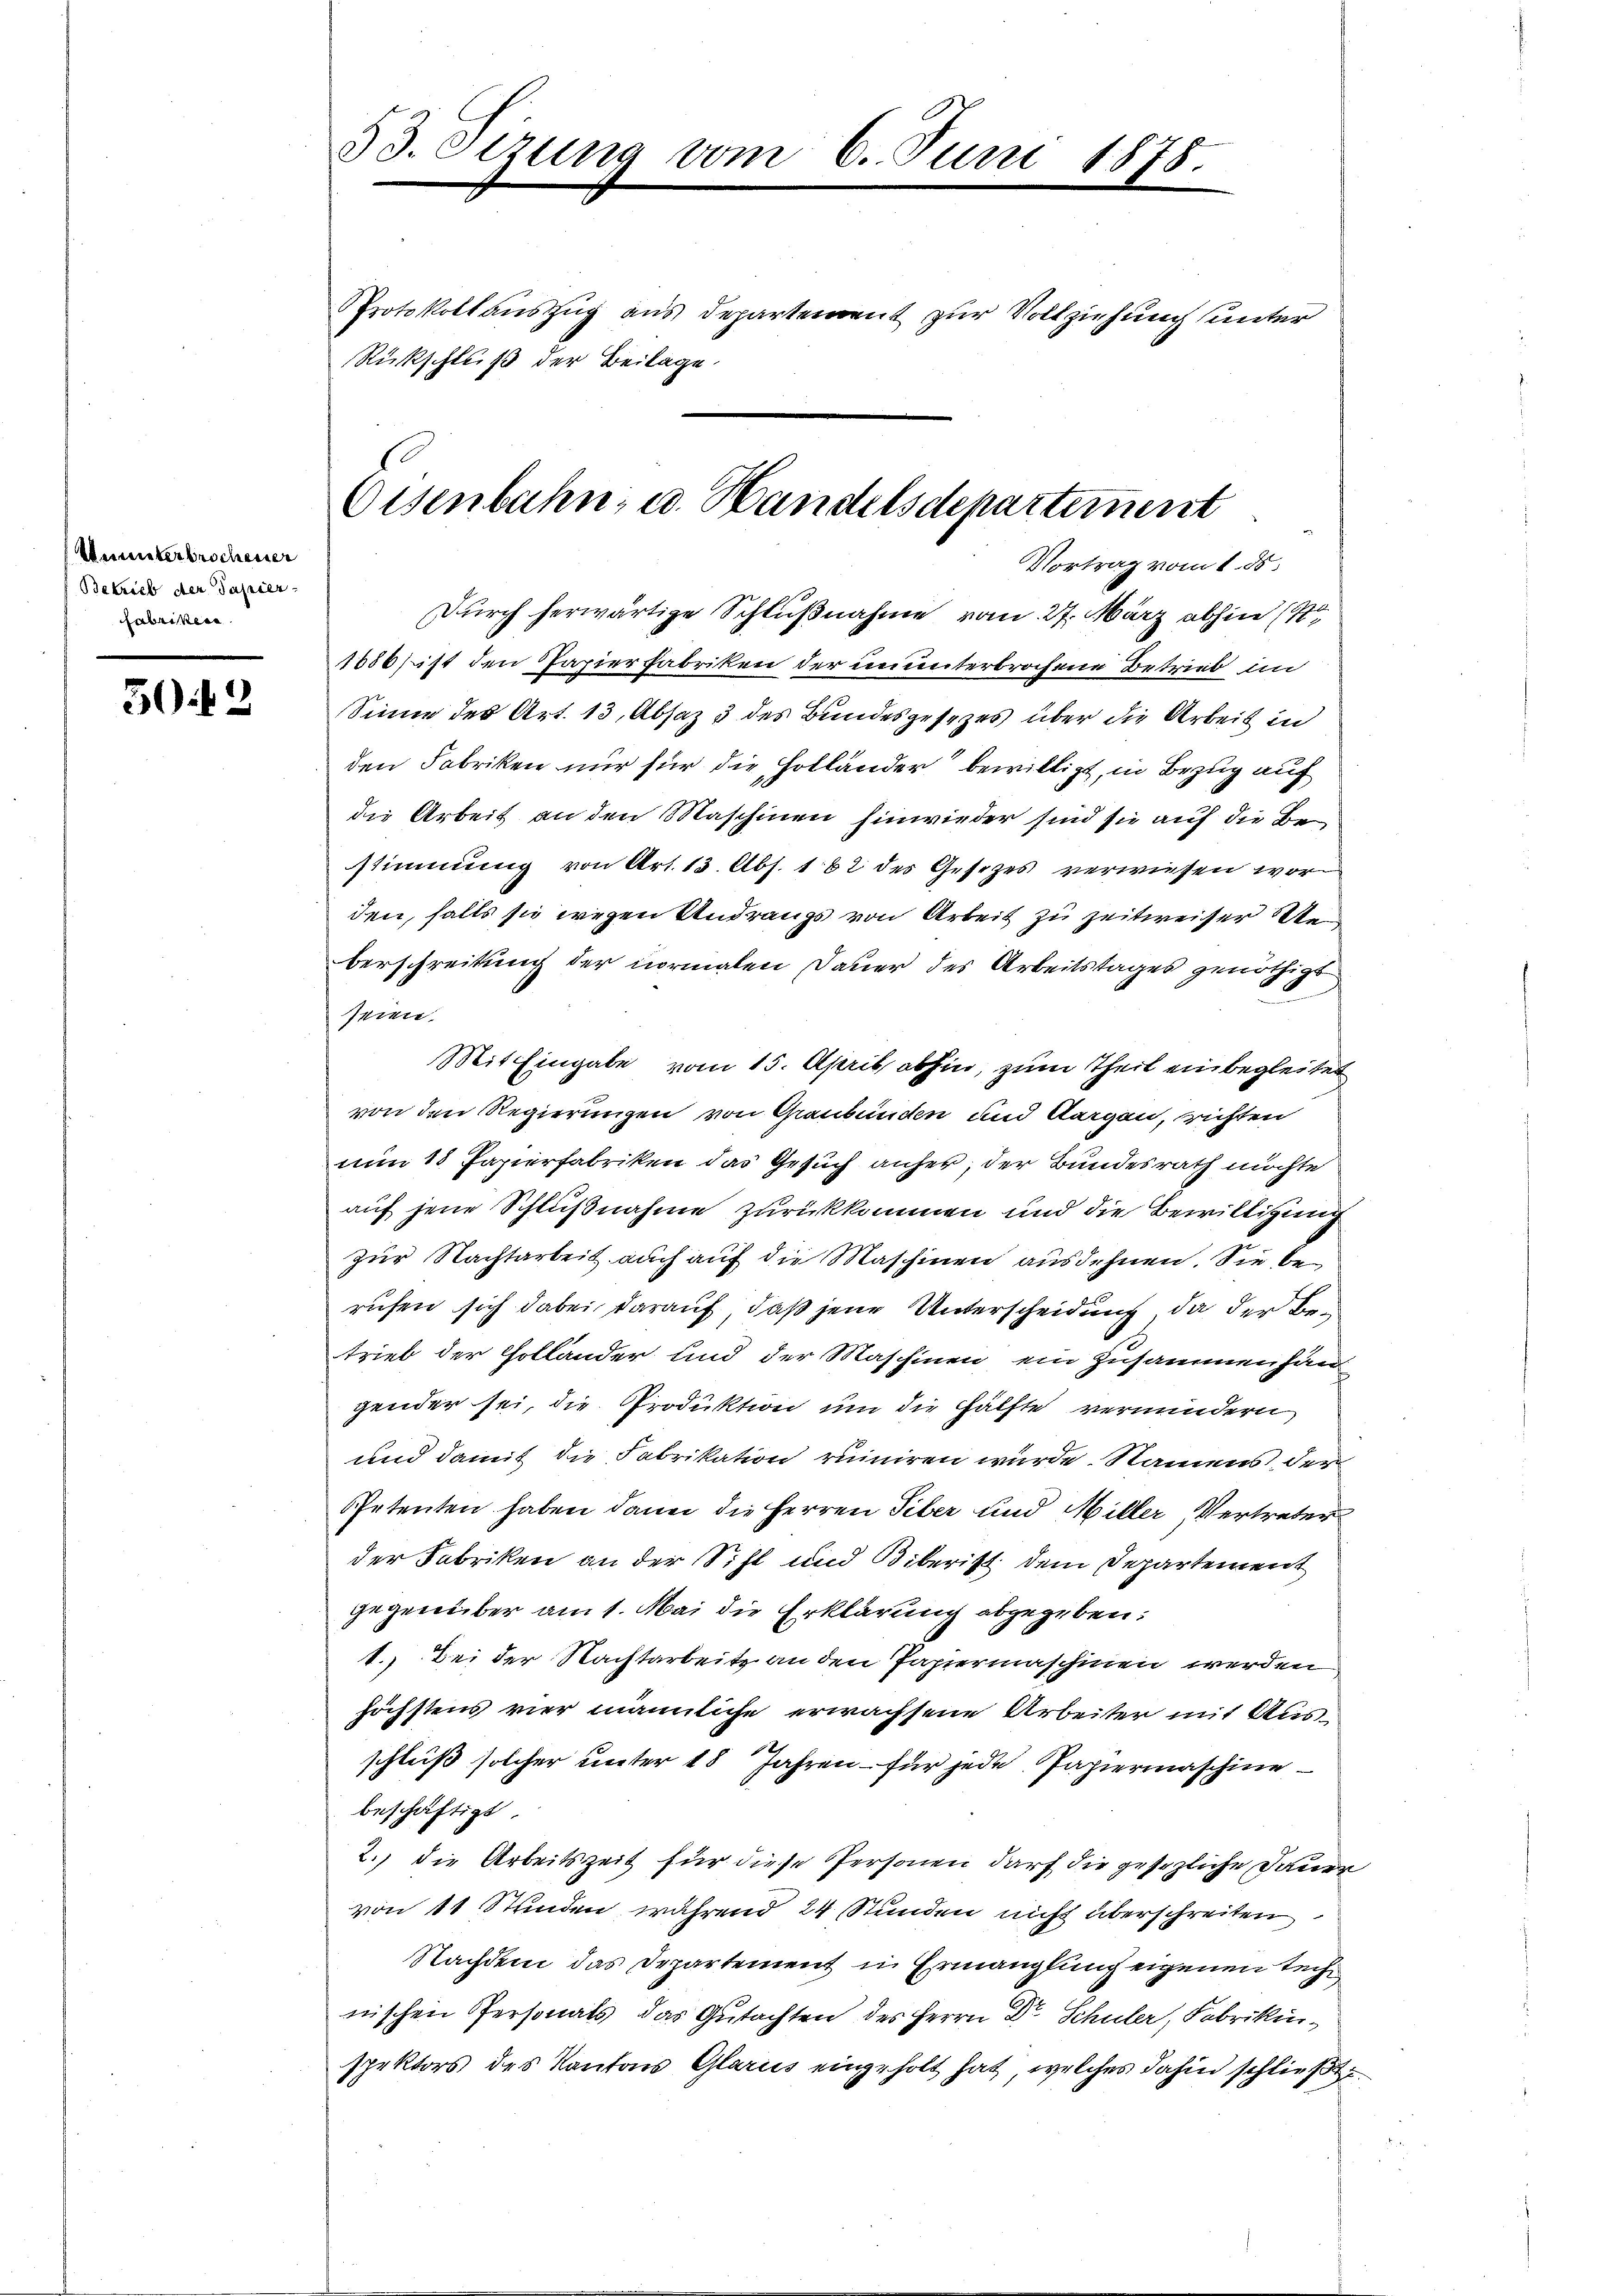
Ununterbrochener
Betrieb der Papier
fabriken

50. 42

53. Otzung vom 6. Juni 1875.
Protokollauszug aus Departement zur Vollziehung unter
Rückschluß der Beilage.

Oisenbahn, u. Handelsdepartement
Vortrag vom 1. ds.

Durch herwärtige Schlußnahme vom 27. März abhin (1
1886) ist den Papierfabriken der ununterbrochene Betrieb im
Sinne des Art. 13, Absaz & des Bundesgesezes über die Arbeit in
den Fabriken nur für die Holländer bewilligt, in Bezug auf
die Arbeit an den Maschinen hinwieder sind sie auf die Bestimmung von Art. 13. Abs. 162 des Gesetzes verwiesen worden, falls sie wegen Andrangs von Arbeit zu zeitweiser Ste
berschreitung der normalen Dauer des Arbeitstages genöthigt
seien.
Mit Eingabe vom 15. April abhin, zum Theil einbegleitet
von den Regierungen von Graubünden und Aargau, richten
num 18 Papierfabriken das Gesuch anher, der Bundesrath möchte
auf jene Schlußnahme zurückkommen und die Bewilligung
zur Nachtarbeit auch auf die Maschinen ausdehnen. Sie berufen sich dabei darauf, daß jene Unterscheidung, da der Betrieb der Holländer und der Maschinen ein Zusammenhan
gender sei, die Produktion um die Hälfte vermindern
und damit die Fabrikation ruiniren wurde. Namens der
Petenten haben dann die Herren Tiber und Miller Vertreter
der Fabriken an der Sihl und Biberist dem Departement
gegenüber am 1. Mai die Erklärung abgegeben:
1.) Bei der Nachtarbeite an den Papiermaschinen werden
höchstens vier männliche erwachsene Arbeiter mit Ausschleiß solcher unter 18 Jahren für jede Papiermaschine
beschäftigt.
2.) die Arbeitszeit für diese Personen darf die gesezliche Dauer
von 11 Stunden, während 24 Stunden nicht überschreiten
Nachdem das Departement in Ermanglung eigenen technischen Personals das Gutachten des Herrn Dr Schuler, Fabrikinspektors des Kantons Glarus eingeholt hat, welches dahin schließt